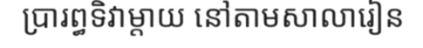
ប្រារព្ធទិវាម្តាយ នៅតាមសាលារៀន